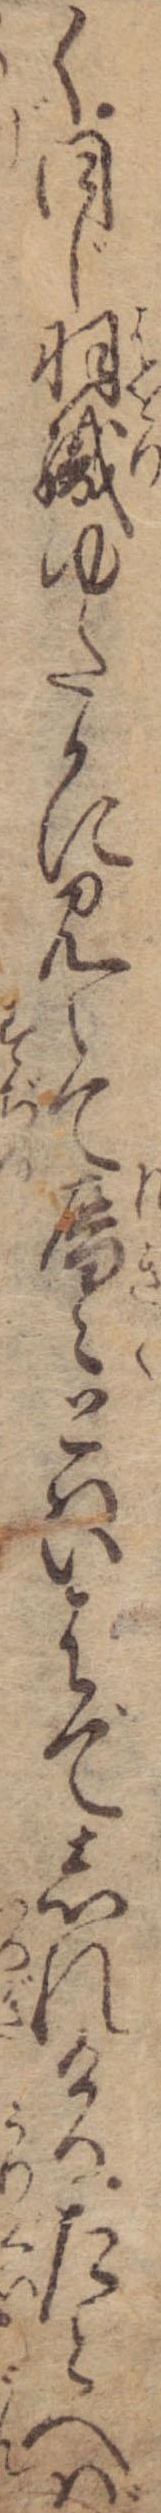
く同じ羽織ゆたかに見えて歴々とはいはでしれけるたとへば